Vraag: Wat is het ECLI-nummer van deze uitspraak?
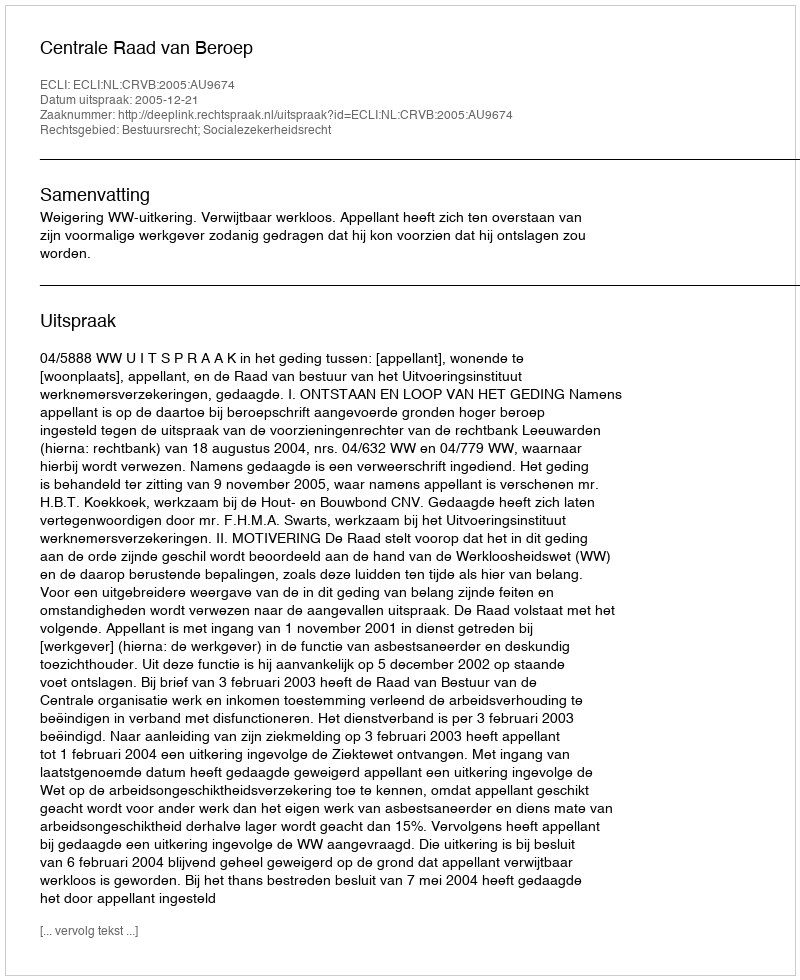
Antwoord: ECLI:NL:CRVB:2005:AU9674